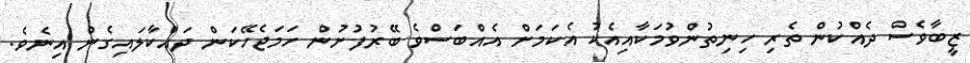
ޒީބާވެސް ދެއްކުން ތެރި ހިނިތުންވުމަކާއިއެކު އެކަމަށް އެއްބަސްވެ ބޭރުފުށުން ހަމަޖެހޭކަން ދައްކާލައިގެން އިނެވެ.